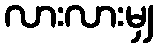
လားလားမျှ